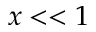
x < < 1